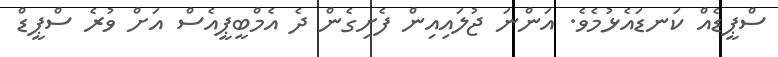
ސްޕީޑެއް ކަނޑައެޅުމެވެ. އަންނަ ޖުލައިއިން ފެށިގެން ދެ އެމްބީޕީއެސް އަށް ވުރެ ސްޕީޑް